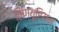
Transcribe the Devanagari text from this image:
लिग्यूरियन